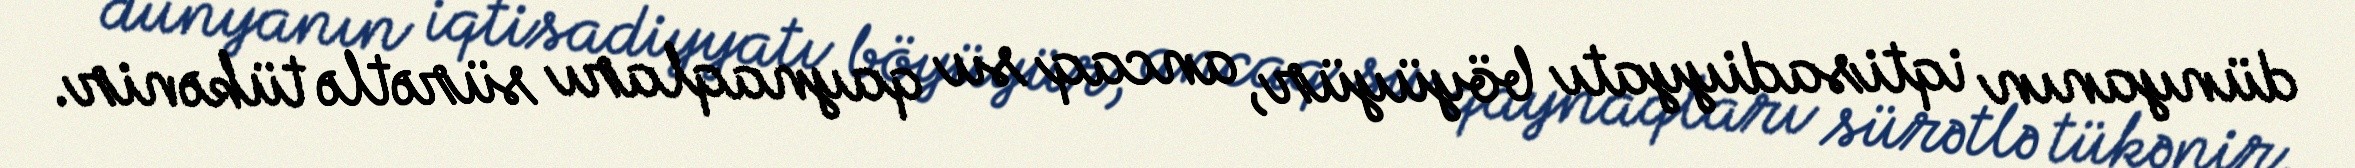
dünyanın iqtisadiyyatı böyüyür, ancaq su qaynaqları sürətlə tükənir.